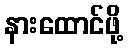
နားထောင်ဖို့